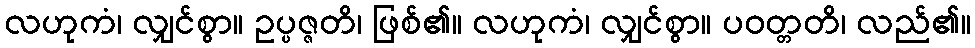
လဟုကံ၊ လျှင်စွာ။ ဥပ္ပဇ္ဇတိ၊ ဖြစ်၏။ လဟုကံ၊ လျှင်စွာ။ ပဝတ္တတိ၊ လည်၏။